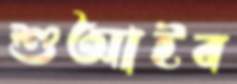
শুআইব